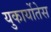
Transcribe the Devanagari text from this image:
युकार्योतेस